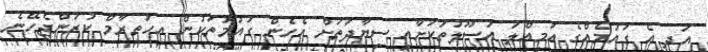
އަދި އެ ގައުމެއްގެ އަމިއްލަ އުސޫލުތަކަށާއި ސިޔާދަތަށް އެހެން ގައުމުތަކުން އިހުތިރާމް ކުރަންޖެހޭނެ